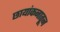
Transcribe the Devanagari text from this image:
छायांकनातून